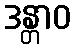
ဒန္တာဝ